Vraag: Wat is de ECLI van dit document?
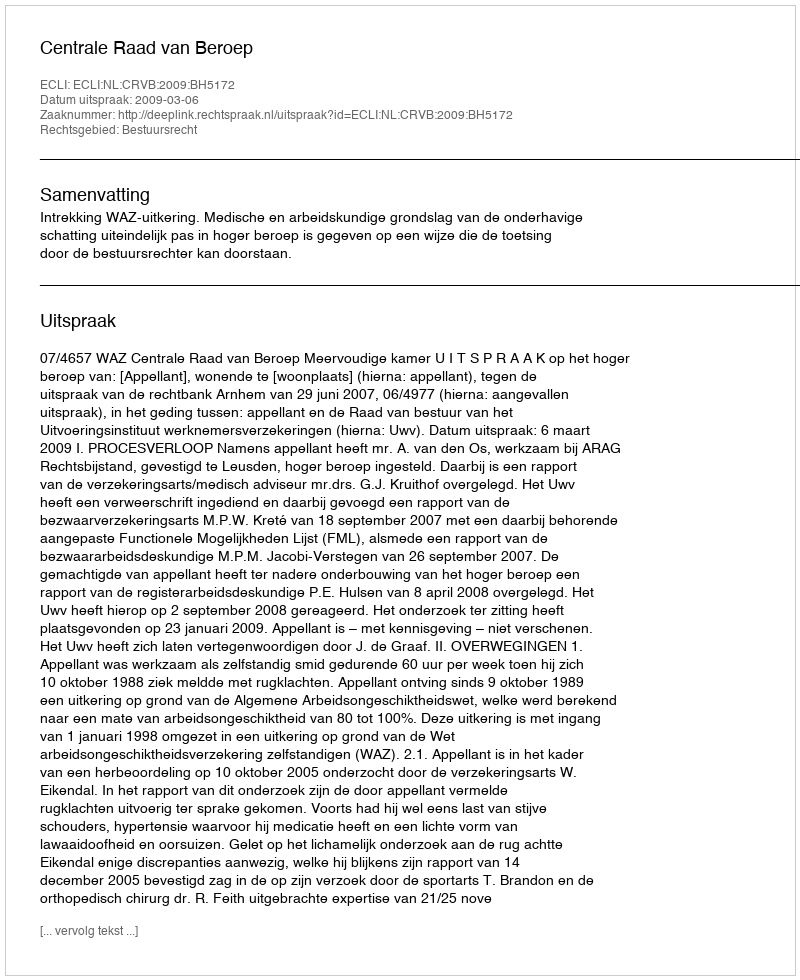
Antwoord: ECLI:NL:CRVB:2009:BH5172